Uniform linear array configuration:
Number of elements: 32
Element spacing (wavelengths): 0.25
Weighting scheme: blackman
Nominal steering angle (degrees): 60
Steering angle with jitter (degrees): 61.408
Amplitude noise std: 0.05
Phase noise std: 0.05

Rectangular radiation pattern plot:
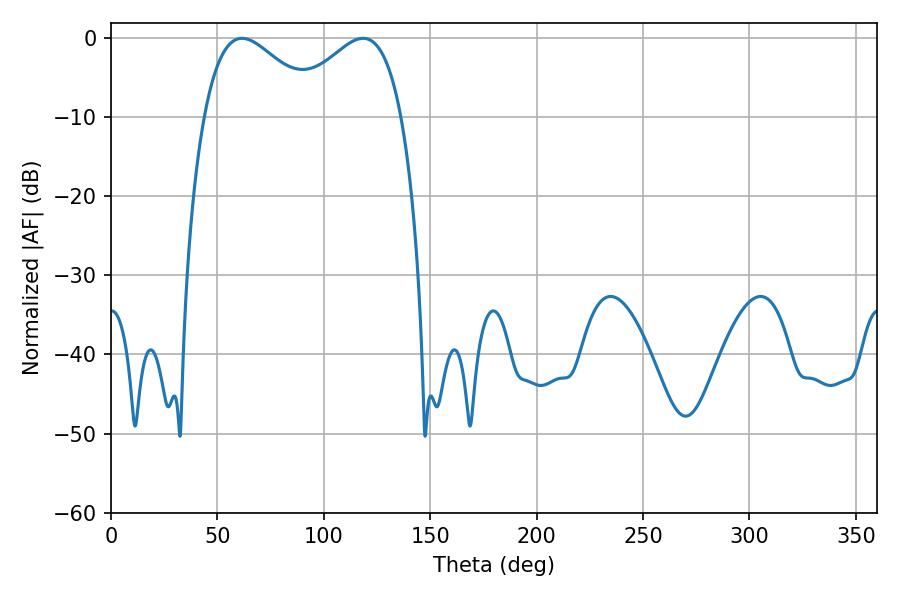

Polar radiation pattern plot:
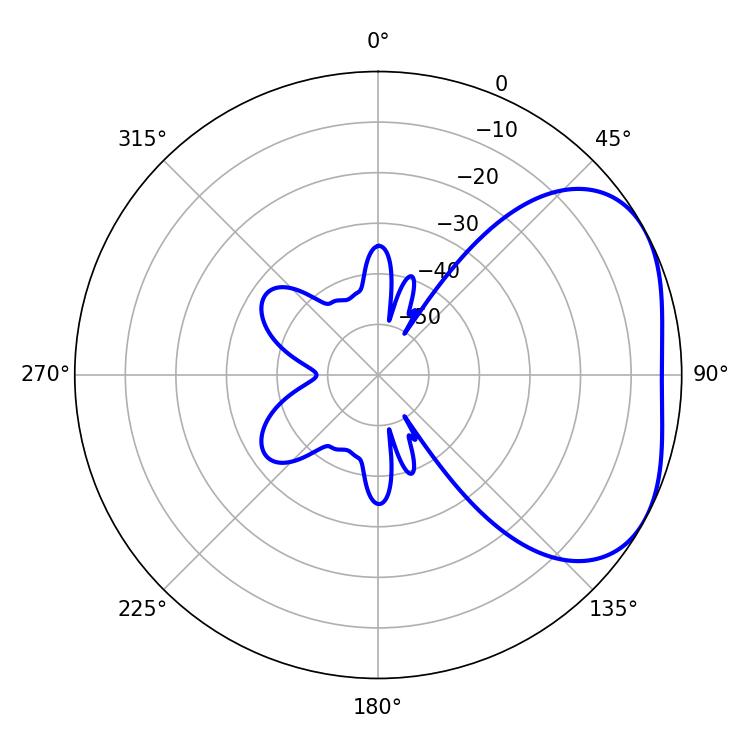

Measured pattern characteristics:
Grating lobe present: FALSE
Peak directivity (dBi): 3.331
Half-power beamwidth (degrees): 29.34
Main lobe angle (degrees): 61.56